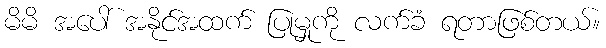
မိမိ အပေါ် အနိုင်အထက် ပြုမှုကို လက်ခံ ရတာဖြစ်တယ်။